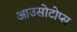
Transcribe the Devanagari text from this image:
आउसोटोप्स